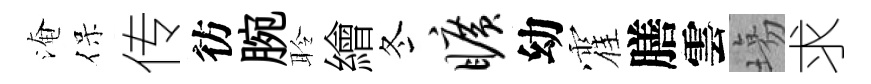
淹保传彷腕聆繪冬旷幼霍膳雲塲求